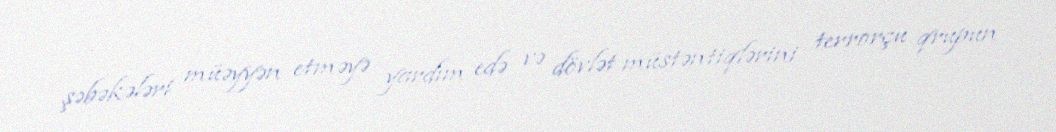
şəbəkələri müəyyən etməyə yardım edə və dövlət müstəntiqlərini terrorçu qrupun